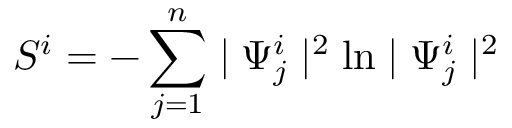
S ^ { i } = - \sum _ { j = 1 } ^ { n } \mid \Psi _ { j } ^ { i } \mid ^ { 2 } \ln \mid \Psi _ { j } ^ { i } \mid ^ { 2 }